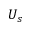
U _ { s }